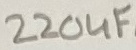
Text: 220uF